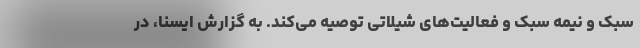
سبک و نیمه سبک و فعالیت‌های شیلاتی توصیه می‌کند. به گزارش ایسنا، در